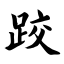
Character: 跤